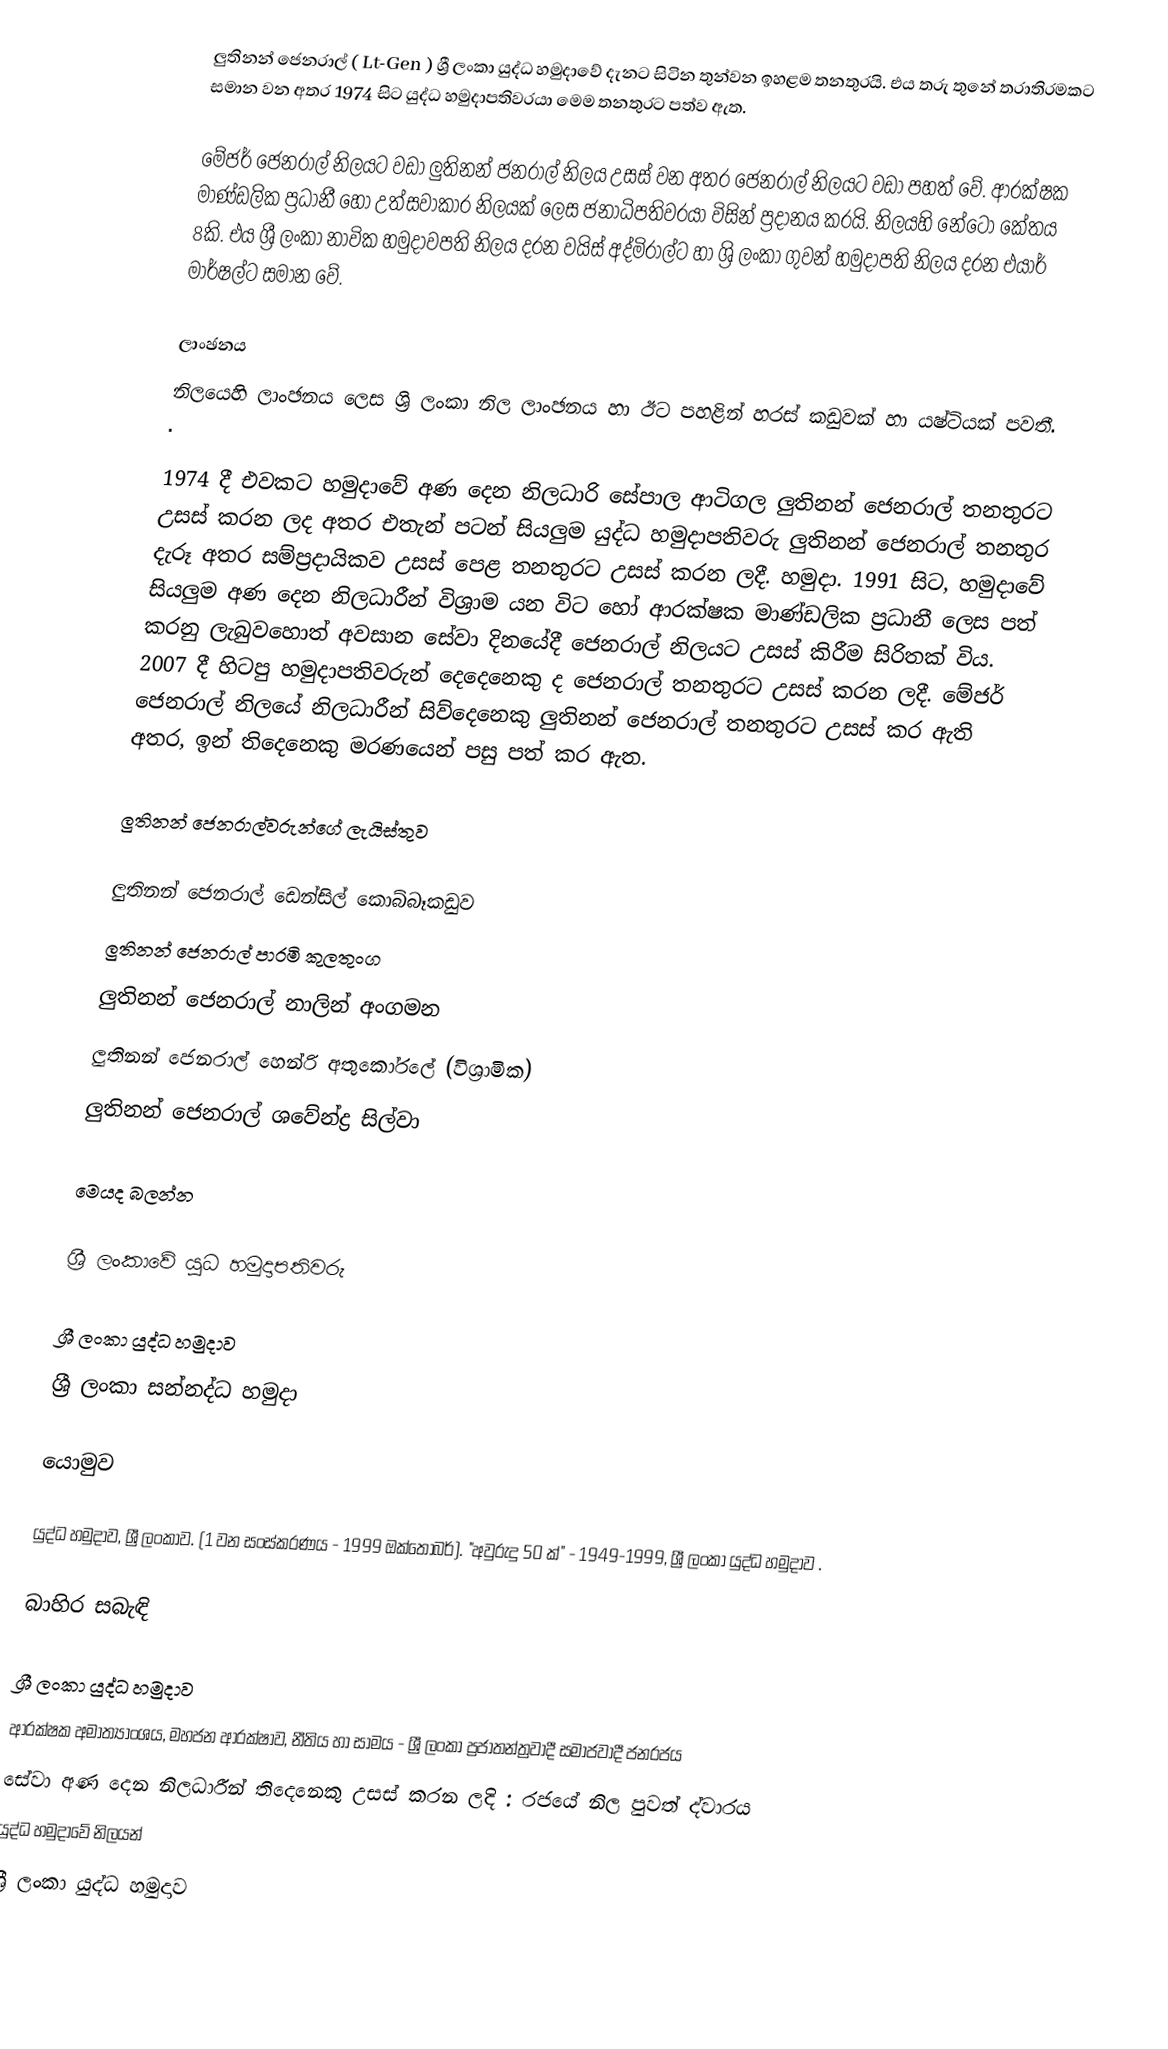
ලුතිනන් ජෙනරාල් ( Lt-Gen ) ශ්‍රී ලංකා යුද්ධ හමුදාවේ දැනට සිටින තුන්වන ඉහළම තනතුරයි. එය තරු තුනේ තරාතිරමකට සමාන වන අතර 1974 සිට යුද්ධ හමුදාපතිවරයා මෙම තනතුරට පත්ව ඇත.

මේජර් ‌ජෙනරාල් නිලයට වඩා ලුතිනන් ජනරාල් නිලය උසස් වන අතර ජෙනරාල් නිලයට වඩා පහත් වේ. ආරක්ෂක මාණ්ඩලික ප්‍රධානී හෝ උත්සවාකාර නිලයක් ලෙස ජනාධිපතිවරයා විසින් ප්‍රදානය කරයි. නිලයහි නේටෝ කේතය 8කි. එය ශ්‍රී ලංකා නාවික හමුදාවපති නිලය දරන වයිස් අද්මිරාල්ට හා ශ්‍රි ලංකා ගුවන් හමුදාපති නිලය දරන එයාර් මාර්ෂල්ට සමාන වේ.

ලාංඡනය
නිලයෙහි ලාංඡනය ලෙස ශ්‍රි ලංකා නිල ලාංඡනය හා ඊට පහළින් හරස් කඩුවක් හා යෂ්ටියක් පවතී.   .

1974 දී එවකට හමුදාවේ අණ දෙන නිලධාරි සේපාල ආටිගල ලුතිනන් ජෙනරාල් තනතුරට උසස් කරන ලද අතර එතැන් පටන් සියලුම යුද්ධ හමුදාපතිවරු ලුතිනන් ජෙනරාල් තනතුර දැරූ අතර සම්ප්‍රදායිකව උසස් පෙළ තනතුරට උසස් කරන ලදී. හමුදා. 1991 සිට, හමුදාවේ සියලුම අණ දෙන නිලධාරීන් විශ්‍රාම යන විට හෝ ආරක්ෂක මාණ්ඩලික ප්‍රධානී ලෙස පත් කරනු ලැබුවහොත් අවසාන සේවා දිනයේදී ජෙනරාල් නිලයට උසස් කිරීම සිරිතක් විය. 2007 දී හිටපු හමුදාපතිවරුන් දෙදෙනෙකු ද ජෙනරාල් තනතුරට උසස් කරන ලදී. මේජර් ජෙනරාල් නිලයේ නිලධාරීන් සිව්දෙනෙකු ලුතිනන් ජෙනරාල් තනතුරට උසස් කර ඇති අතර, ඉන් තිදෙනෙකු මරණයෙන් පසු පත් කර ඇත.

ලුතිනන් ජෙනරාල්වරුන්ගේ ලැයිස්තුව

 ලුතිනන් ජෙනරාල් ඩෙන්සිල් කොබ්බෑකඩුව
 ලුතිනන් ජෙනරාල් පාරමි කුලතුංග
 ලුතිනන් ජෙනරාල් නාලින් අංගමන
 ලුතිනන් ජෙනරාල් හෙන්රි අතුකෝරලේ (විශ්‍රාමික)
 ලුතිනන් ජෙනරාල් ශවේන්ද්‍ර සිල්වා

මෙයද බලන්න

 ශ්‍රී ලංකාවේ යුධ හමුදාපතිවරු

 ශ්‍රී ලංකා යුද්ධ හමුදාව
 ශ්‍රී ලංකා සන්නද්ධ හමුදා

යොමුව

 යුද්ධ හමුදාව, ශ්‍රී ලංකාව. (1 වන සංස්කරණය - 1999 ඔක්තෝබර්). "අවුරුදු 50 ක්" - 1949-1999, ශ්‍රී ලංකා යුද්ධ හමුදාව .

බාහිර සබැඳි

 ශ්‍රී ලංකා යුද්ධ හමුදාව
 ආරක්ෂක අමාත්‍යාංශය, මහජන ආරක්ෂාව, නීතිය හා සාමය - ශ්‍රී ලංකා ප්‍රජාතන්ත්‍රවාදී සමාජවාදී ජනරජය
 සේවා අණ දෙන නිලධාරීන් තිදෙනෙකු උසස් කරන ලදි   : රජයේ නිල පුවත් ද්වාරය
යුද්ධ හමුදාවේ නිලයන්
ශ්‍රී ලංකා යුද්ධ හමුදාව